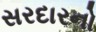
સરદારનો